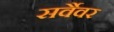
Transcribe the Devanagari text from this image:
सर्वैवर